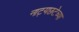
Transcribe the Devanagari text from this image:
नाट्यछटेच्या